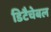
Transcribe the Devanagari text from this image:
डिटैचेबल